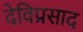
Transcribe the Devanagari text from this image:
देविप्रसाद